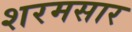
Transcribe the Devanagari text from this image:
शरमसार